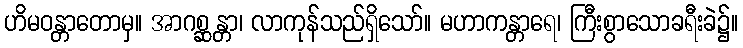
ဟိမဝန္တာတောမှ။ အာဂစ္ဆန္တာ၊ လာကုန်သည်ရှိသော်။ မဟာကန္တာရေ၊ ကြီးစွာသောခရီးခဲ၌။